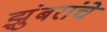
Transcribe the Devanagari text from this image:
झुंबरांचे